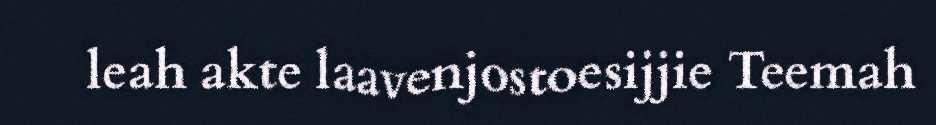
leah akte laavenjostoesijjie Teemah